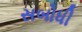
સબોધી